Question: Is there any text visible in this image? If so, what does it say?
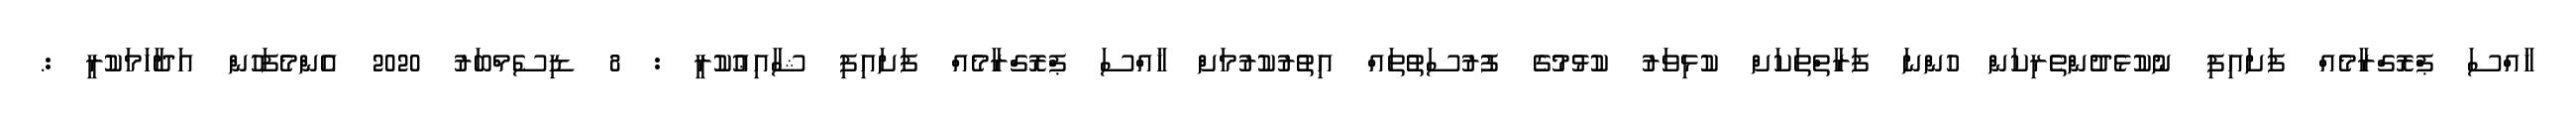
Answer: ޚާއްސަ ޕްރޮގްރާމެއް ފަށައިފި ނުކުޅެދުންތެރިކަން ހުންނަ ފަރާތްތަކަށް ކުޅިވަރު ކުޅުމުގެ ފުރުސަތުތައް އިތުރުކުރުމަށް ޚާއްސަ ޕްރޮގްރާމެއް ފަށައިފި ޝާއިޢުކުރީ : 8 ޑިސެމްބަރު 2020 އެންމެފަހުން އަދާހަމަކުރީ :.